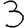
Digit: 3